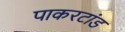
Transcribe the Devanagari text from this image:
पाकरटांड